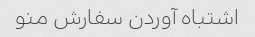
اشتباه آوردن سفارش منو